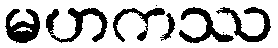
မဟကဿ